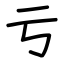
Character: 亏